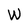
Character: W